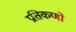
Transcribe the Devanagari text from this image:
प्रतिकणो